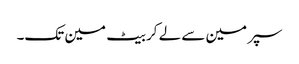
سپر مین سے لے کر بیٹ مین تک۔